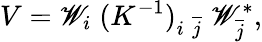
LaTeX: V=\mathscr{W}_{i}\; (K^{-1})_{i\; \overline{{{{j}}}}}\; \mathscr{W}_{\overline{{{{j}}}}}^{*},